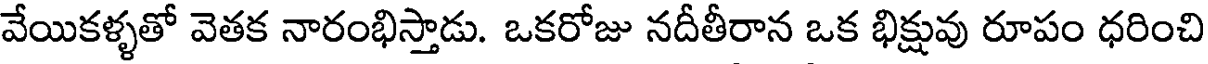
వేయికళ్ళతో వెతక నారంభిస్తాడు. ఒకరోజు నదీతీరాన ఒక భిక్షువు రూపం ధరించి